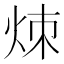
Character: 𬊃